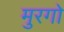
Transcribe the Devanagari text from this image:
मुरगो